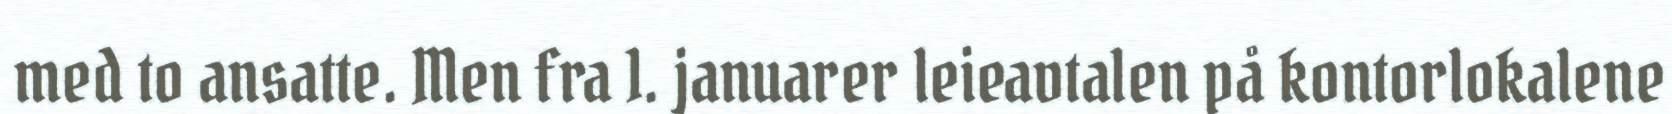
med to ansatte. Men fra 1. januarer leieavtalen på kontorlokalene